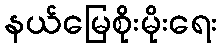
နယ်မြေစိုးမိုးရေး